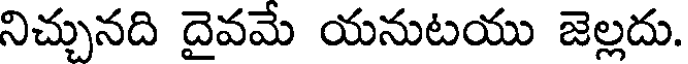
నిచ్చునది దైవమే యనుటయు జెల్లదు.